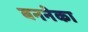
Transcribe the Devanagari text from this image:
बननेका